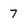
Character: 7